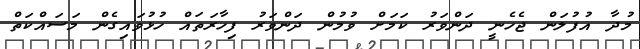
މުދާ އުފުލަން ޖެހެނީ ދަންވަރު ކަމަށް ވުމުން ދަންވަރު ފިހާރަތައް ހުޅުވައިގެން މަސައްކަތް